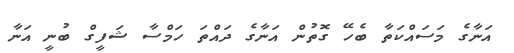
އަނާގެ މަސައްކަތާ ބެހޭ ގޮތުން އަނާގެ ދައްތަ ހަމްސާ ޝަފީގް ބުނީ އަނާ